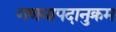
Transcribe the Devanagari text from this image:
गणनापदानुक्रम